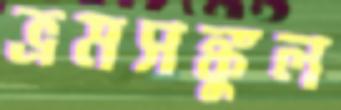
ভ্রমসঙ্কুল